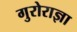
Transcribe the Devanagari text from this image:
गुरोराज्ञा